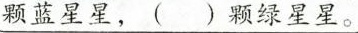
颗蓝星星，（ ） 颗绿星星。